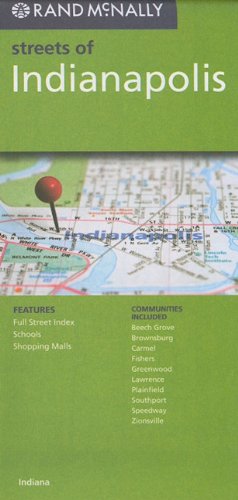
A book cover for Rand McNally Streets of Indianapolis, Indiana; Travel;